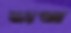
তাজ